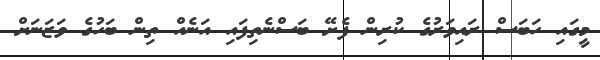
މީގައި ހަބަސް ރައިވަރުގެ ކުރިން ފެށޭ ބަސްނެތިފައި އަނެއް ތިން ބަހުގެ ވަޒަނަށް